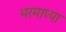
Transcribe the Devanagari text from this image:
भरमाप्पा